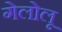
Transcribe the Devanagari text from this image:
गेलोलू